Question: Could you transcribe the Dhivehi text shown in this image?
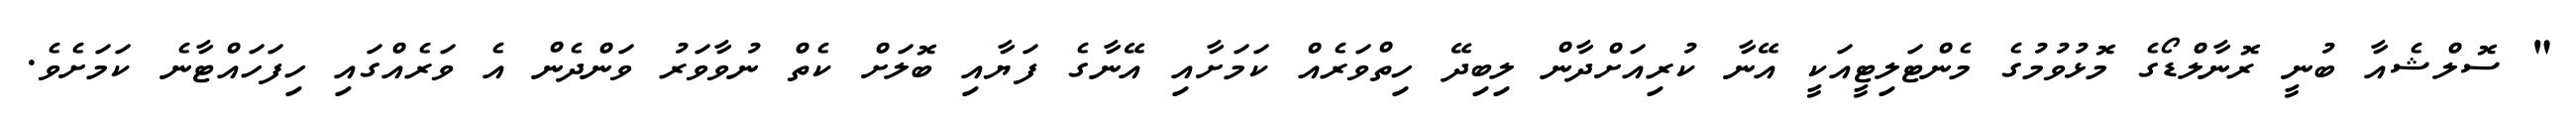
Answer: " ސޮލްޝެއާ ބުނީ ރޮނާލްޑޯގެ މޮޅުވުމުގެ މެންޓަލިޓީއަކީ އޭނާ ކުރިއަށްދާން ލިބިދޭ ހިތްވަރެއް ކަމަށާއި އޭނާގެ ފަޔާއި ބޮލަށް ކެތް ނުވާވަރު ވަންދެން އެ ވަރެއްގައި ހިފަހައްޓާނެ ކަމަށެވެ.